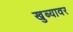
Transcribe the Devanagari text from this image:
खुब्यावर